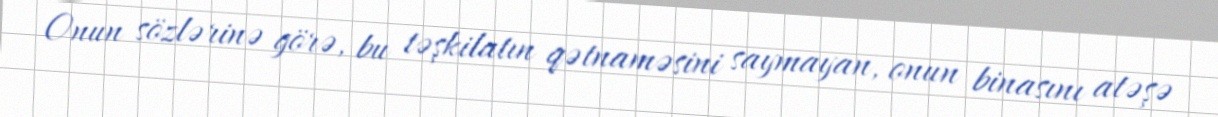
Onun sözlərinə görə, bu təşkilatın qətnaməsini saymayan, onun binasını atəşə